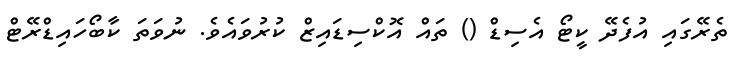
ތެރޭގައި އުފެދޭ ކީޓޯ އެސިޑް () ތައް އޮކްސިޑައިޒް ކުރުވައެވެ. ނުވަތަ ކާބޯހައިޑްރޭޓް